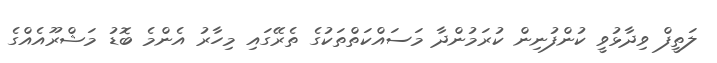
ލަތީފް ވިދާޅުވީ ކުންފުނިން ކުރަމުންދާ މަސައްކަތްތަކުގެ ތެރޭގައި މިހާރު އެންމެ ބޮޑު މަޝްރޫއެއްގެ